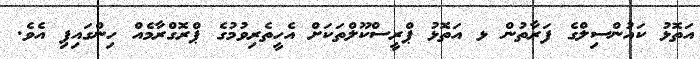
އަތޮޅު ކައުންސިލްގެ ފަރާތުން ޅ އަތޮޅު ޕްރީސްކޫލްތަކަށް އެހީތެރިވުމުގެ ޕްރޮގްރާމެއް ހިންގައިފި އެވެ.